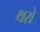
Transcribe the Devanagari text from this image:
थरो